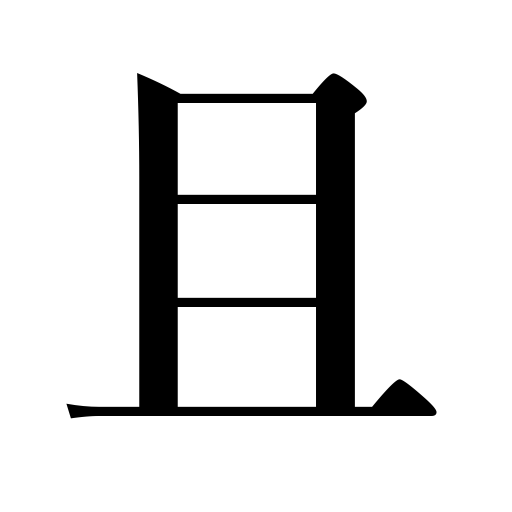
Meanings: also,furthermore